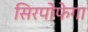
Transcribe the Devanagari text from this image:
सिरपोफेगा